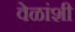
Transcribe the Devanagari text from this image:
वेळांशी